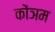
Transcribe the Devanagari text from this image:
कोंञम